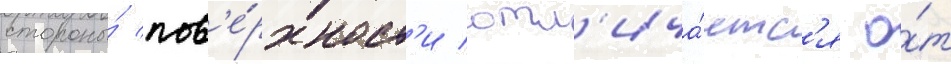
стороны́ пов'е́рхност'и отл'ича́етс'я о́т